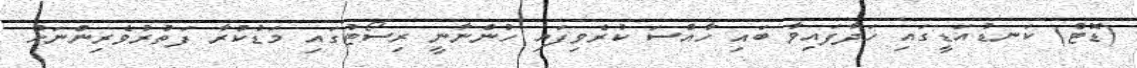
(ޑޮޓް) ކަނޑުއަޑީގައި ހަދާފައިވާ ބައި ހާއްސަ ކުރެވިފައި ހުންނާނީ ރިސޯޓުގައި މަޑުކުރާ ފަތުރުވެރިންނަށް